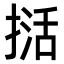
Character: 𭡭